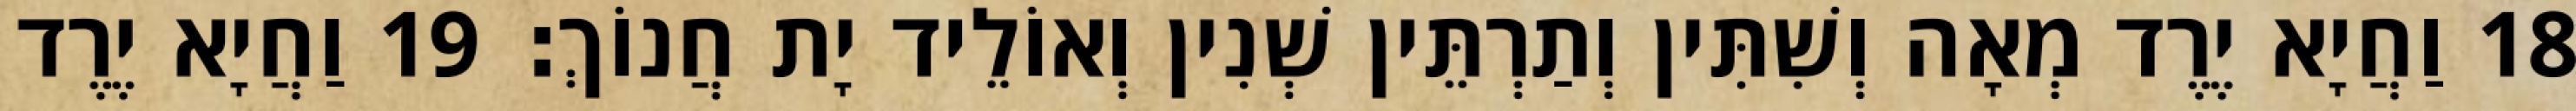
18 וַחֲיָא יֶרֶד מְאָה וְשִׁתִּין וְתַרְתֵּין שְׁנִין וְאוֹלֵיד יָת חֲנוֹךְ׃ 19 וַחֲיָא יֶרֶד